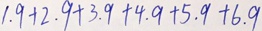
1 . 9 + 2 . 9 + 3 . 9 + 4 . 9 + 5 . 9 + 6 . 9